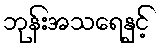
ဘုန်းအသရေနှင့်